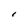
Character: I